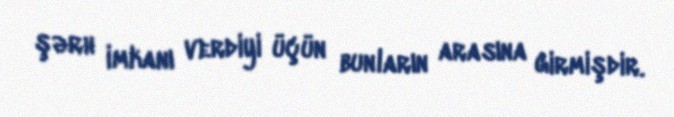
şərh imkanı verdiyi üçün bunların arasına girmişdir.